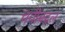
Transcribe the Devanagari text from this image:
चवीबद्दल